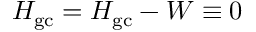
{ \cal H } _ { \mathrm { g c } } = H _ { \mathrm { g c } } - W \equiv 0